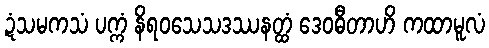
ဍံသမကသံ ပက္ကံ နိရဝသေသဒဿနတ္ထံ ဒေဝဓီတာဟိ ကထာမူလံ